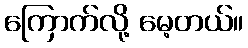
ကြောက်လို့ မေ့တယ်။